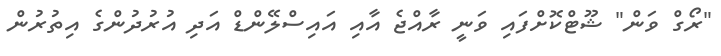
"ރޯގް ވަން" ޝޫޓްކޮށްފައި ވަނީ ރާއްޖެ އާއި އައިސްލޭންޑް އަދި އުރުދުންގެ އިތުރުން